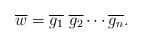
LaTeX: \begin{align*}\overline{w} = \overline{g_1}\ \overline{g_2} \cdots \overline{g_n}.\end{align*}